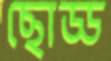
ছোড্ড